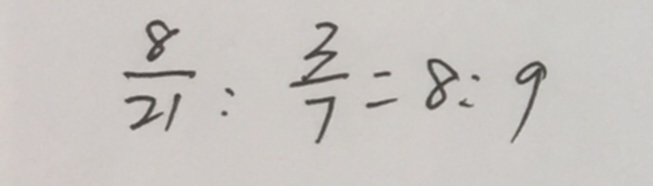
\frac { 8 } { 2 1 } : \frac { 3 } { 7 } = 8 : 9